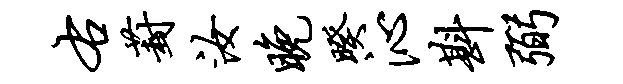
右葑汝晚暌沁斟弼